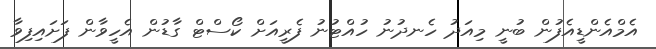
އެމްއެންޑީއެފުން ބުނީ މިއަދު ހެނދުނު ހުއްޓުނު ފެރީއަށް ކޯސްޓް ގާޑުން އެހީވާން ފަށައިފިވާ